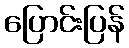
ပြောင်းပြန်